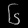
Digit: ၆